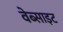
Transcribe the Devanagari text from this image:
वेब्साइट